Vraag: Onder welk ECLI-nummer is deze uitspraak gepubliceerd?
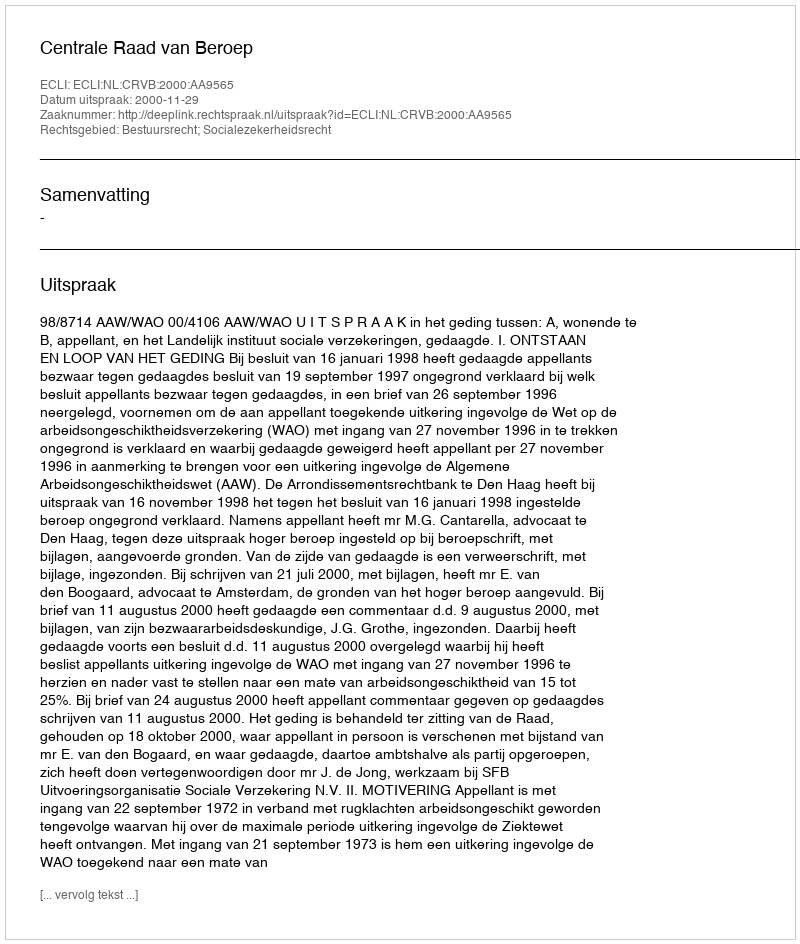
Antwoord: ECLI:NL:CRVB:2000:AA9565